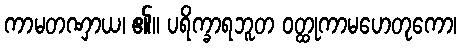
ကာမတဏှာယ၊ ၏။ ပရိက္ခာရဘူတ ဝတ္ထုကာမဟေတုကော၊